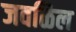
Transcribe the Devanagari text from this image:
जवळिल